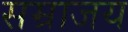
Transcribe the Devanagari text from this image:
सम्राजय